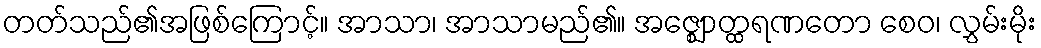
တတ်သည်၏အဖြစ်ကြောင့်။ အာသာ၊ အာသာမည်၏။ အဇ္ဈောတ္ထရဏတော စေဝ၊ လွှမ်းမိုး